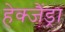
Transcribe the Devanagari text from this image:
हेक्जैंड्रा